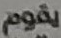
يقوم